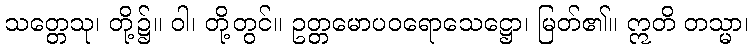
သတ္တေသု၊ တို့၌။ ဝါ၊ တို့တွင်။ ဥတ္တမောပဝရောသေဋ္ဌော၊ မြတ်၏။ ဣတိ တသ္မာ၊